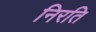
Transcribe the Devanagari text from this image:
निरति